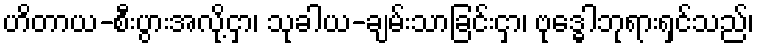
ဟိတာယ-စီးပွားအလို့ငှာ၊ သုခါယ-ချမ်းသာခြင်းငှာ၊ ဗုဒ္ဓေါဘုရားရှင်သည်၊